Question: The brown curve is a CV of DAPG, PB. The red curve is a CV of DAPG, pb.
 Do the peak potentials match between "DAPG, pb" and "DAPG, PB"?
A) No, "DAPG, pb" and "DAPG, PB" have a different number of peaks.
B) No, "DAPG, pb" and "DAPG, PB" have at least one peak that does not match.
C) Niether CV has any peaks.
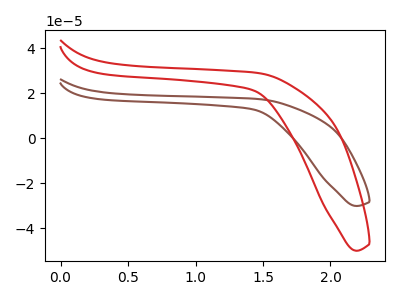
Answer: <think>The brown curve "DAPG, PB" has no peaks. The red curve "DAPG, pb" has no peaks.</think>
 <answer>C) Niether CV has any peaks.</answer>
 <eval>C</eval>